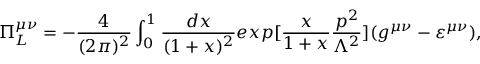
\Pi _ { L } ^ { \mu \nu } = - \frac { 4 } { ( 2 \pi ) ^ { 2 } } \int _ { 0 } ^ { 1 } \frac { d x } { ( 1 + x ) ^ { 2 } } e x p [ \frac { x } { 1 + x } \frac { p ^ { 2 } } { \Lambda ^ { 2 } } ] ( g ^ { \mu \nu } - \varepsilon ^ { \mu \nu } ) ,